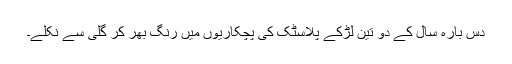
دس بارہ سال کے دو تین لڑکے پلاسٹک کی پچکاریوں میں رنگ بھر کر گلی سے نکلے۔